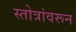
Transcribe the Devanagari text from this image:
स्तोत्रांवरून